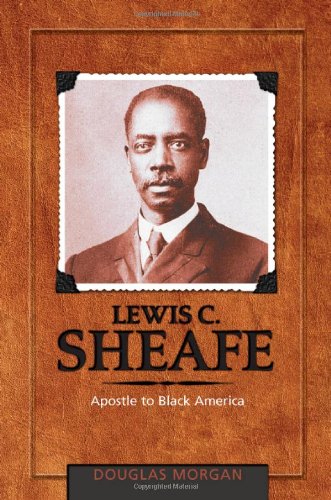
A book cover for Lewis C. Sheafe: Apostle to Black America; Douglas Morgan; Christian Books & Bibles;